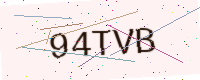
Text: 94TVB